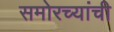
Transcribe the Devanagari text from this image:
समोरच्यांची